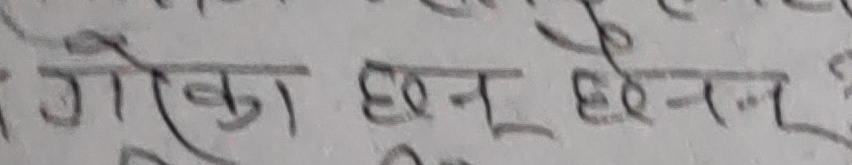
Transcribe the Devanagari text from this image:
गोका छन् छैनन्